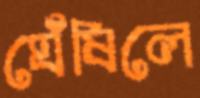
ঘেঁষিলে